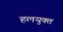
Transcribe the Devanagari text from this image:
हलयुक्त